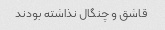
قاشق و چنگال نذاشته بودند